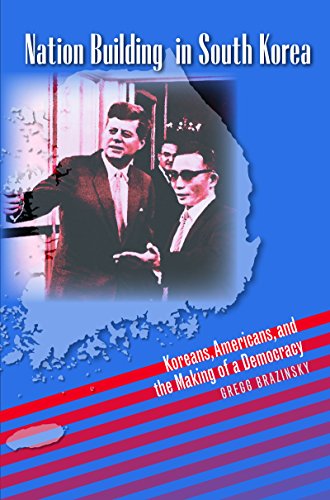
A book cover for Nation Building in South Korea: Koreans, Americans, and the Making of a Democracy (The New Cold War History); Gregg A. Brazinsky; History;